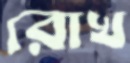
রোখ